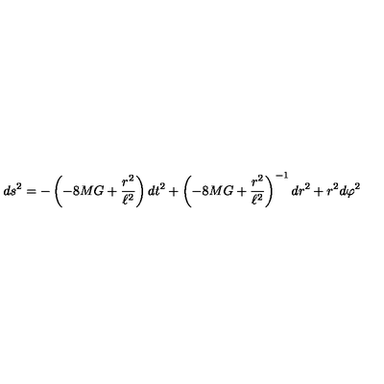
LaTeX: d s ^ { 2 } = - \left( - 8 M G + \frac { r ^ { 2 } } { \ell ^ { 2 } } \right) d t ^ { 2 } + \left( - 8 M G + \frac { r ^ { 2 } } { \ell ^ { 2 } } \right) ^ { - 1 } d r ^ { 2 } + r ^ { 2 } d \varphi ^ { 2 }